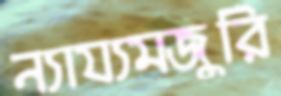
ন্যায্যমজুরি